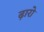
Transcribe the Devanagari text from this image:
ढ़ारो